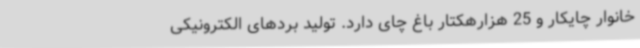
خانوار چایکار و 25 هزارهکتار باغ چای دارد. تولید بردهای الکترونیکی